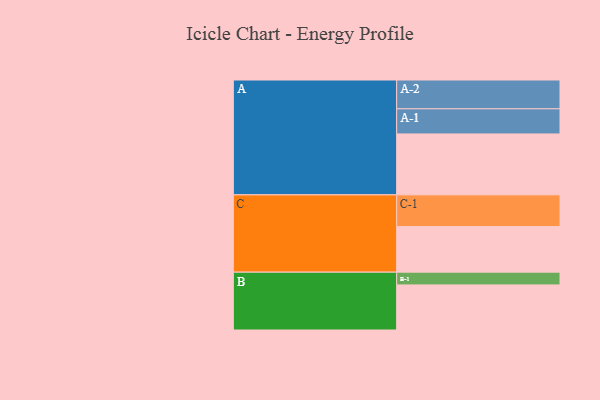
{"axis": {"x": "Segment", "y": "Value"}, "legend": ["", "A", "B", "C"], "data": [{"x": "A", "y": 550, "type": ""}, {"x": "B", "y": 407, "type": ""}, {"x": "C", "y": 412, "type": ""}, {"x": "A-1", "y": 227, "type": "A"}, {"x": "A-2", "y": 260, "type": "A"}, {"x": "B-1", "y": 115, "type": "B"}, {"x": "C-1", "y": 286, "type": "C"}]}